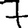
Digit: 7